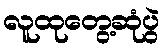
လူထုတွေ့ဆုံပွဲ